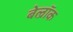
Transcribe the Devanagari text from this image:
बेल्रॉक